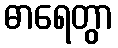
ဓာရေတွာ